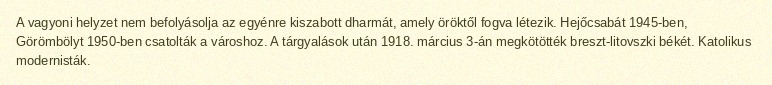
A vagyoni helyzet nem befolyásolja az egyénre kiszabott dharmát, amely öröktől fogva létezik. Hejőcsabát 1945-ben, Görömbölyt 1950-ben csatolták a városhoz. A tárgyalások után 1918. március 3-án megkötötték breszt-litovszki békét. Katolikus modernisták.